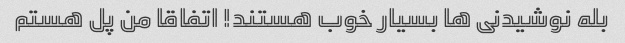
بله نوشیدنی ها بسیار خوب هستند! اتفاقا من پل هستم